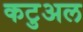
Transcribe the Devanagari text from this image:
कटुअल